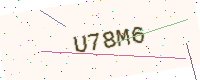
Text: U78M6